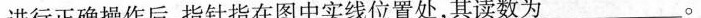
进行正确操作后，指针指在图中实线位置处，其读数为___。